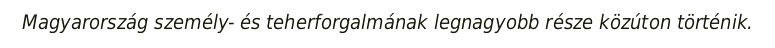
Magyarország személy- és teherforgalmának legnagyobb része közúton történik.